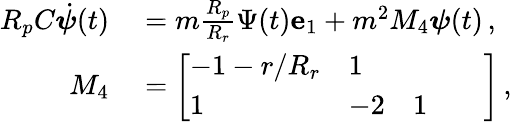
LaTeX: \begin{array}{rl}{R_{p}C\dot{\boldsymbol{\psi}}(t)}&{{}=m\frac{R_{p}}{R_{r}}\Psi(t)\mathbf{e}_{1}+m^{2}M_{4}\boldsymbol{\psi}(t)\, ,}\\ {M_{4}}&{{}=\left[\begin{array}{lllll}{-1-r/R_{r}}&{1}&{}&{}&{}\\ {1}&{-2}&{1}&{}&{}\end{array}\right]\, ,}\end{array}